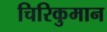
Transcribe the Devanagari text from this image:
चिरिकुमान